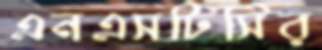
এনএসটিসির